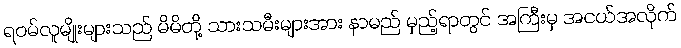
ရဝမ်လူမျိုးများသည် မိမိတို့ သားသမီးများအား နာမည် မှည့်ရာတွင် အကြီးမှ အငယ်အလိုက်